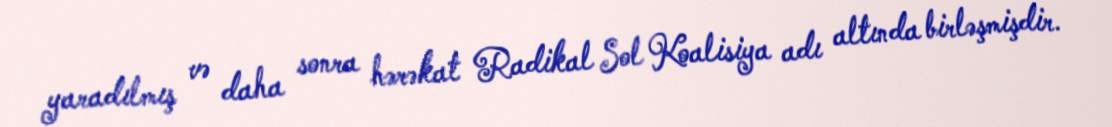
yaradılmış və daha sonra hərəkat Radikal Sol Koalisiya adı altında birləşmişdir.